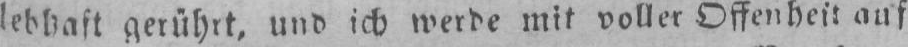
gerührt, und ich werde mit voller Offenheit auf